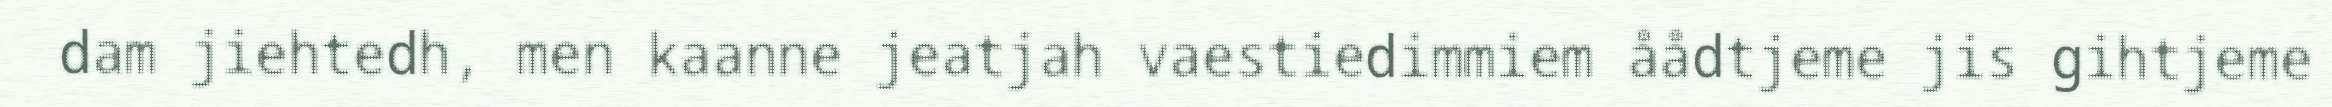
dam jiehtedh, men kaanne jeatjah vaestiedimmiem åådtjeme jis gihtjeme